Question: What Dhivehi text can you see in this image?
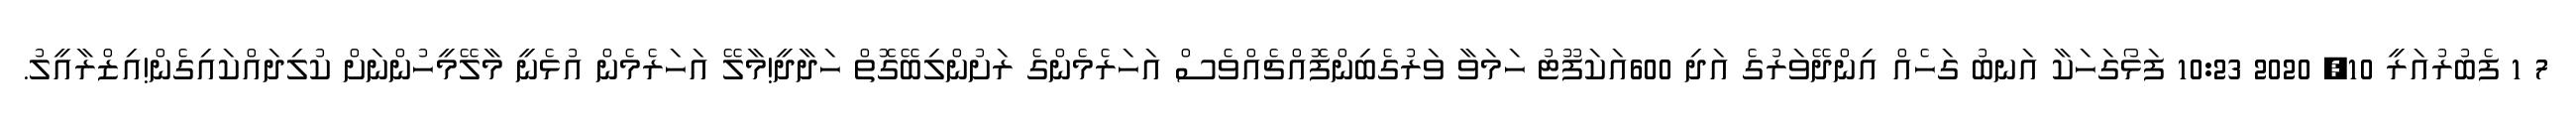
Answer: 7 1 ފެބުރުއަރީ 10, 2020 10:23 ފަޅޯގަހަކާ އަނބު ގަހެއް އިންދޭވަރުގެ އަދި 600އަކަފޫޓު ހަމަވާ ވަރުގެބިންފޮއްޗެއްވެސް އަހަރެމެންގެ ރަށުންލިބޭގޮތް ހަދާދީ!މާލޭ އަހަރެމެން އުޅެނީ މާލޭމީހުންނަށް ކުލިދައްކައިގެން!އިޒްރާއީލު.